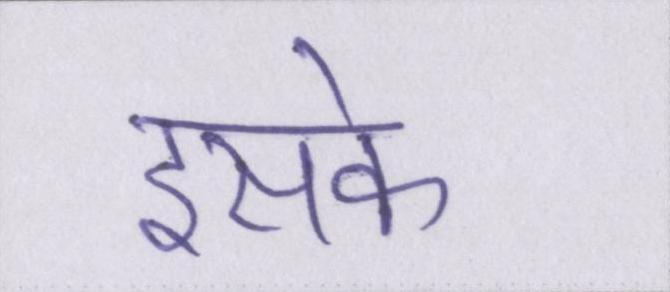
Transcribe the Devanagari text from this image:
इसके